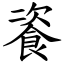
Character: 餈